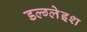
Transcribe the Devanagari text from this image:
डल्ग्लेइश